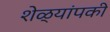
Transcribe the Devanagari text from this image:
शेळ्यांपकी